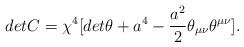
LaTeX: \begin{align*}detC={\chi}^4[det{\theta} + a^4 -\frac{a^2}{2}{\theta}_{{\mu}{\nu}}{\theta}^{{\mu}{\nu}}].\end{align*}